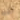
لقبه